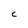
Character: c